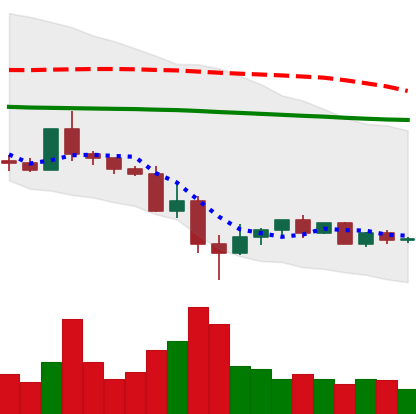
Ticker: ETC-USD
Chart end date: 2022-05-21
Forward return: 8.307%
Label: up_7plus